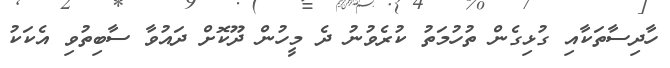
ހާދިސާތަކާއި ގުޅިގެން ތުހުމަތު ކުރެވުނު ދެ މީހުން ދޫކޮށް ދައުވާ ސާބިތުވި އެކަކު